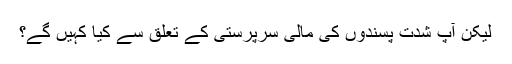
لیکن آپ شدت پسندوں کى مالى سرپرستى کے تعلق سے کیا کہیں گے؟